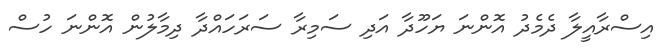
އިސްރާއީލާ ދެމެދު އޮންނަ ޔަހޫދާ އަދި ސަމިރާ ސަރަހައްދާ ދިމާލުން އޮންނަ ހުސް